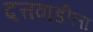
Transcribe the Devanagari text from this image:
दत्तवाडीला